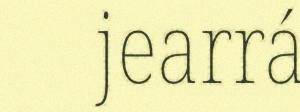
jearrá